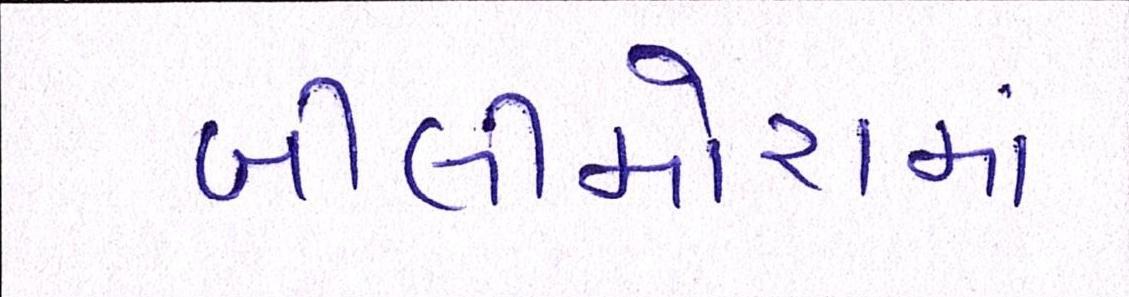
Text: બીલીમોરામાં